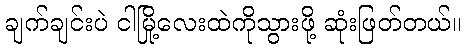
ချက်ချင်းပဲ ငါမြို့လေးထဲကိုသွားဖို့ ဆုံးဖြတ်တယ်။